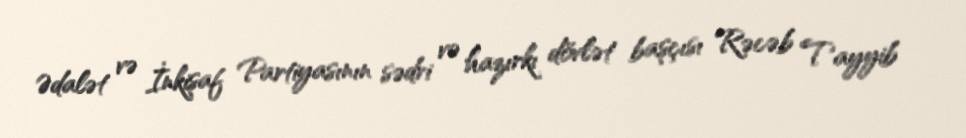
Ədalət və İnkişaf Partiyasının sədri və hazırkı dövlət başçısı Rəcəb Tayyib